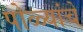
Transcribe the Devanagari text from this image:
पोळ्यांचे